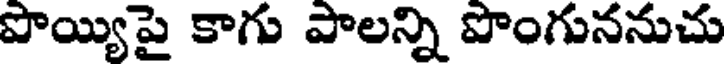
పొయ్యిపై కాగు పాలన్ని పొంగుననుచు